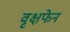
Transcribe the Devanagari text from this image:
वृक्षफेन